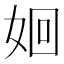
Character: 𮱃